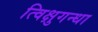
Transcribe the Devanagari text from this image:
त्विक्षुगन्धा